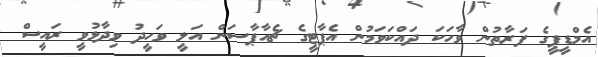
އެމްޑީޕީގެ ފަރާތުން ވާހަކަ ދައްކަވަމުން އެޕާޓީގެ ޗެއާޕާސަން އަލީ ވަހީދު ވިދާޅުވީ ރައީސް